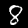
Digit: 8